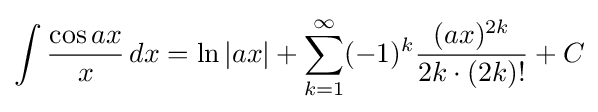
\int {\frac {\cos ax}{x}}\,dx=\ln |ax|+\sum _{k=1}^{\infty }(-1)^{k}{\frac {(ax)^{2k}}{2k\cdot (2k)!}}+C